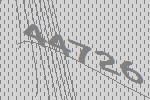
44726